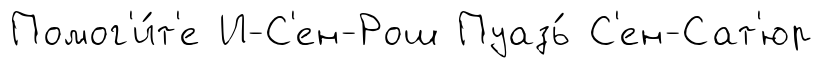
Помог'и́т'е И-С'ен-Рош Пуазь́ С'ен-Сат'юр